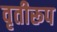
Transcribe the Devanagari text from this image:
वृतीरूप